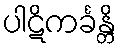
ပါဋိကင်္ခန္တိ